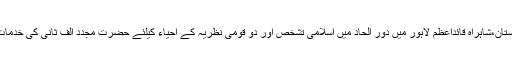
ان خیالات کااظہار مقررین نے ایوان کارکنان تحریک پاکستان،شاہراہ قائداعظمؒ لاہور میں دورِ الحاد میں اسلامی تشخص اور دو قومی نظریہ کے احیاء کیلئے حضرت مجدد الف ثانیؒ کی خدمات کے حوالے سے منعقدہ خصوصی تقریب کے دوران کیا۔